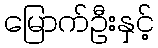
မြောက်ဦးနှင့်